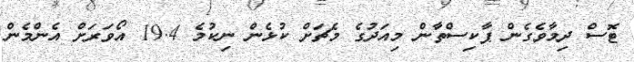
ޓޮސް ދިމާވެގެން ޕާކިސްތާން މިއަދުގެ މެޗަށް ކުޅެން ނިކުމެ 19.4 އޯވަރަށް އެންމެން